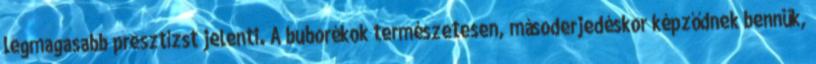
legmagasabb presztízst jelenti. A buborékok természetesen, másoderjedéskor képződnek bennük,